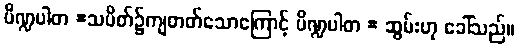
ပိဏ္ဍပါတ =သပိတ်၌ကျတတ်သောကြောင့် ပိဏ္ဍပါတ = ဆွမ်းဟု ခေါ်သည်။